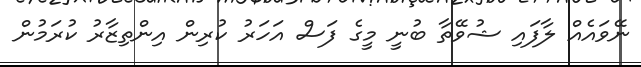
ނޭވައެއް ލާފައި ޝުވޭތާ ބުނީ މީގެ ފަސް އަހަރު ކުރިން އިންތިޒާރު ކުރަމުން